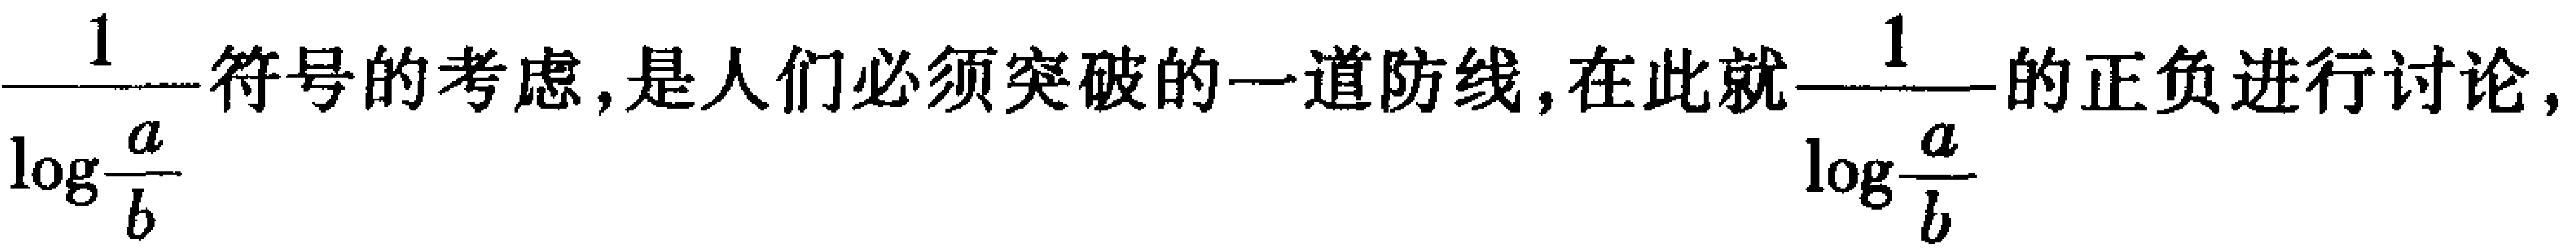
\(\dfrac{1}{\log\dfrac{a}{b}}\)符号的考虑,是人们必须突破的一道防线,在此就\(\dfrac{1}{\log\dfrac{a}{b}}\)的正负进行讨论,